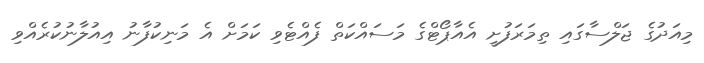
މިއަދުގެ ޖަލްސާގައި ތިމަރަފުށީ އެއާޕޯޓްގެ މަސައްކަތް ފެއްޓެވި ކަމަށް އެ މަނިކުފާނު އިއުލާނުކުރެއްވި